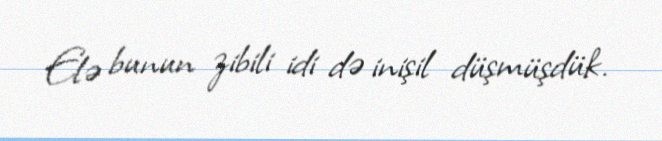
Elə bunun zibili idi də inişil düşmüşdük.